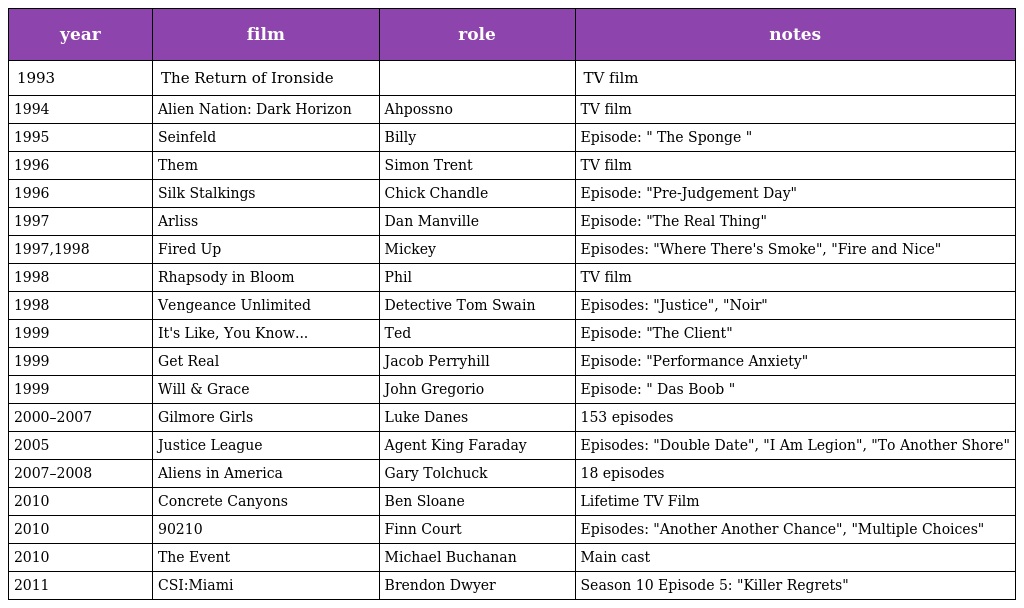
| year | film | role | notes |
 | --- | --- | --- | --- |
 | 1993 | The Return of Ironside |  | TV film |
 | 1994 | Alien Nation: Dark Horizon | Ahpossno | TV film |
 | 1995 | Seinfeld | Billy | Episode: " The Sponge " |
 | 1996 | Them | Simon Trent | TV film |
 | 1996 | Silk Stalkings | Chick Chandle | Episode: "Pre-Judgement Day" |
 | 1997 | Arliss | Dan Manville | Episode: "The Real Thing" |
 | 1997,1998 | Fired Up | Mickey | Episodes: "Where There's Smoke", "Fire and Nice" |
 | 1998 | Rhapsody in Bloom | Phil | TV film |
 | 1998 | Vengeance Unlimited | Detective Tom Swain | Episodes: "Justice", "Noir" |
 | 1999 | It's Like, You Know... | Ted | Episode: "The Client" |
 | 1999 | Get Real | Jacob Perryhill | Episode: "Performance Anxiety" |
 | 1999 | Will & Grace | John Gregorio | Episode: " Das Boob " |
 | 2000–2007 | Gilmore Girls | Luke Danes | 153 episodes |
 | 2005 | Justice League | Agent King Faraday | Episodes: "Double Date", "I Am Legion", "To Another Shore" |
 | 2007–2008 | Aliens in America | Gary Tolchuck | 18 episodes |
 | 2010 | Concrete Canyons | Ben Sloane | Lifetime TV Film |
 | 2010 | 90210 | Finn Court | Episodes: "Another Another Chance", "Multiple Choices" |
 | 2010 | The Event | Michael Buchanan | Main cast |
 | 2011 | CSI:Miami | Brendon Dwyer | Season 10 Episode 5: "Killer Regrets" |